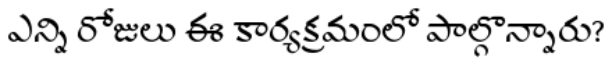
ఎన్ని రోజులు ఈ కార్యక్రమంలో పాల్గొన్నారు?